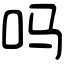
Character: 吗